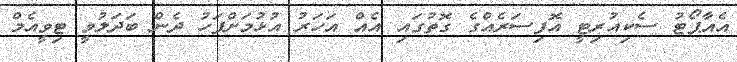
އެއާޕޯޓު ސެކިއުރިޓީ އޮފިސަރެއްގެ ގޮތުގައި އެއް އަހަރު އުޅުމަށްފަހު ދެން ބަދަލުވީ ޓިވީއެމް